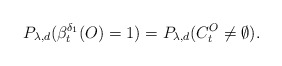
\begin{align*}P_{\lambda,d}(\beta^{\delta_1}_t(O)=1)=P_{\lambda,d}(C_t^O\neq \emptyset).\end{align*}